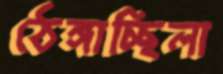
ঠেঙ্গাচ্ছিলা